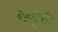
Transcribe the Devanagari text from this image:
बहादुरी।